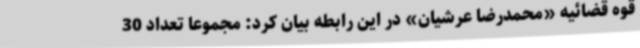
قوه قضائیه «محمدرضا عرشیان» در این رابطه بیان کرد: مجموعاً تعداد 30